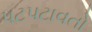
પટપટાવતો